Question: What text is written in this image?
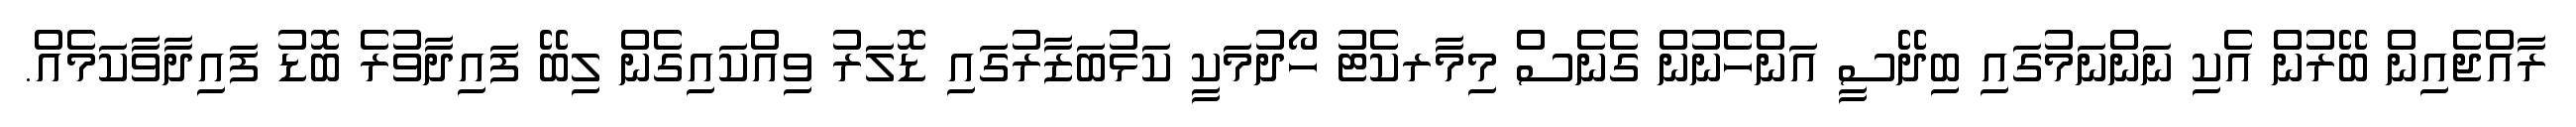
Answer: ރާއްޖެއިން ބޭރުން އެކި ނަންނަމުގައި ބިދޭސީ އަންހެނުން ގެނެސް މިމާރކެޓު ހޯދުމަކީ ކަޅުބަޒާރުގައި ޑޮލަރު ވިއްކައިގެން ލިބޭ ފައިދާވުރެ ބޮޑު ފައިދާވާކަމެއް.